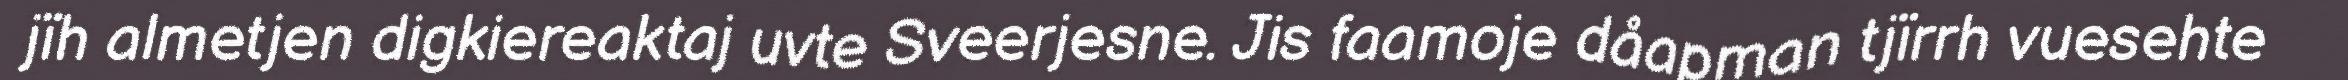
jïh almetjen digkiereaktaj uvte Sveerjesne. Jis faamoje dåapman tjïrrh vuesehte